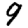
Digit: 9